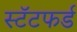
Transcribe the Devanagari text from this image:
स्टॅटफर्ड